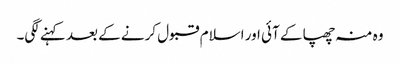
وہ منہ چھپا کے آئی اور اسلام قبول کرنے کے بعد کہنے لگی۔